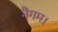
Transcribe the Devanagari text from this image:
नैगम।